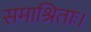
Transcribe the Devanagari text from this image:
समाश्रिताः।